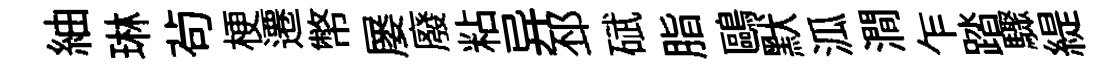
紬琳茍梗遷幣屡廢粘异邳碔脂鷗默泒澗乍踏驟緹